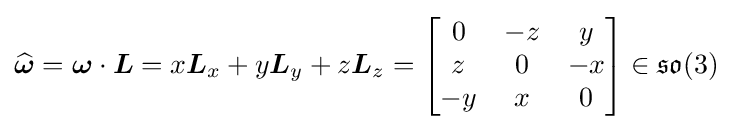
{\widehat {\boldsymbol {\omega }}}={\boldsymbol {\omega }}\cdot {\boldsymbol {L}}=x{\boldsymbol {L}}_{x}+y{\boldsymbol {L}}_{y}+z{\boldsymbol {L}}_{z}={\begin{bmatrix}0&-z&y\\z&0&-x\\-y&x&0\end{bmatrix}}\in {\mathfrak {so}}(3)